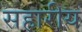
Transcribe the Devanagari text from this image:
सहारीय